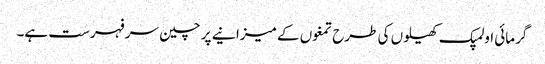
گرمائی اولمپک کھیلوں کی طرح تمغوں کے میزانیے پر چین سر فہرست ہے۔